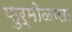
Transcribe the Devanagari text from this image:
फुर्मोळाला